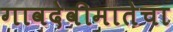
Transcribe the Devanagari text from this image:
गावदेवीमातेचा